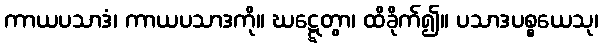
ကာယပသာဒံ၊ ကာယပသာဒကို။ ဃဋ္ဋေတွာ၊ ထိခိုက်၍။ ပသာဒပစ္စယေသု၊